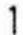
1